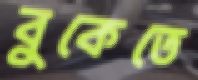
বুকেতে